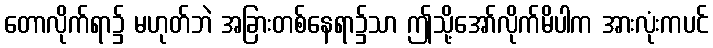
တောလိုက်ရာ၌ မဟုတ်ဘဲ အခြားတစ်နေရာ၌သာ ဤသို့အော်လိုက်မိပါက အားလုံးကပင်